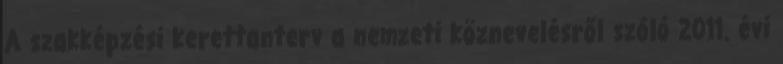
A szakképzési kerettanterv a nemzeti köznevelésről szóló 2011. évi